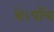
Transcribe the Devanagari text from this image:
थे।पॉल